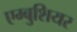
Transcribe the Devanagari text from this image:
एम्बुशियर